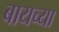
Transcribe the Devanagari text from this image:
बायच्या